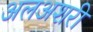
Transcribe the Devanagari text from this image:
अलअशरी